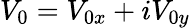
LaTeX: V_{0}=V_{0x}+iV_{0y}